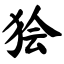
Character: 狯